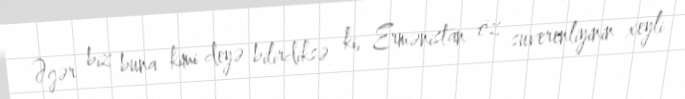
Əgər biz buna kimi deyə bilirdiksə ki, Ermənistan öz suverenliyinin xeyli